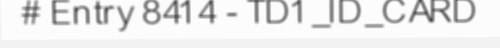
# Entry 8414 - TD1_ID_CARD